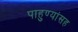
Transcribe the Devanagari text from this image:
पाहुण्यांसह